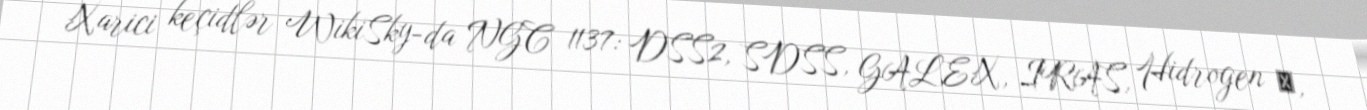
Xarici keçidlər WikiSky-da NGC 1137: DSS2, SDSS, GALEX, IRAS, Hidrogen α,